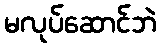
မလုပ်ဆောင်ဘဲ